Source: Handwritten
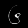
Digit: ၆ (6)